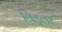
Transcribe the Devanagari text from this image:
विड्लर